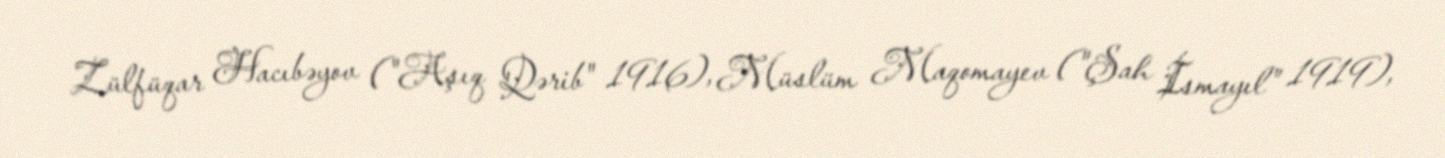
Zülfüqar Hacıbəyov ("Aşıq Qərib" 1916), Müslüm Maqomayev ("Şah İsmayıl" 1919),